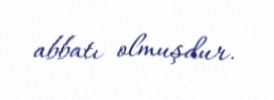
abbatı olmuşdur.